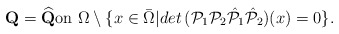
\begin{align*} \mbox{\bf Q}=\widehat { \mbox{\bf Q}}\mbox{on}\,\, \Omega\setminus \{x\in \bar\Omega\vert det\, (\mathcal P_1\mathcal P_2 \hat {\mathcal P}_1 \hat {\mathcal P}_2)(x) =0\}. \end{align*}